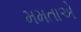
મમતાએ